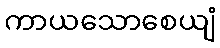
ကာယသောစေယျံ